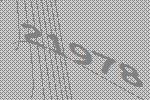
21978